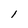
Character: l